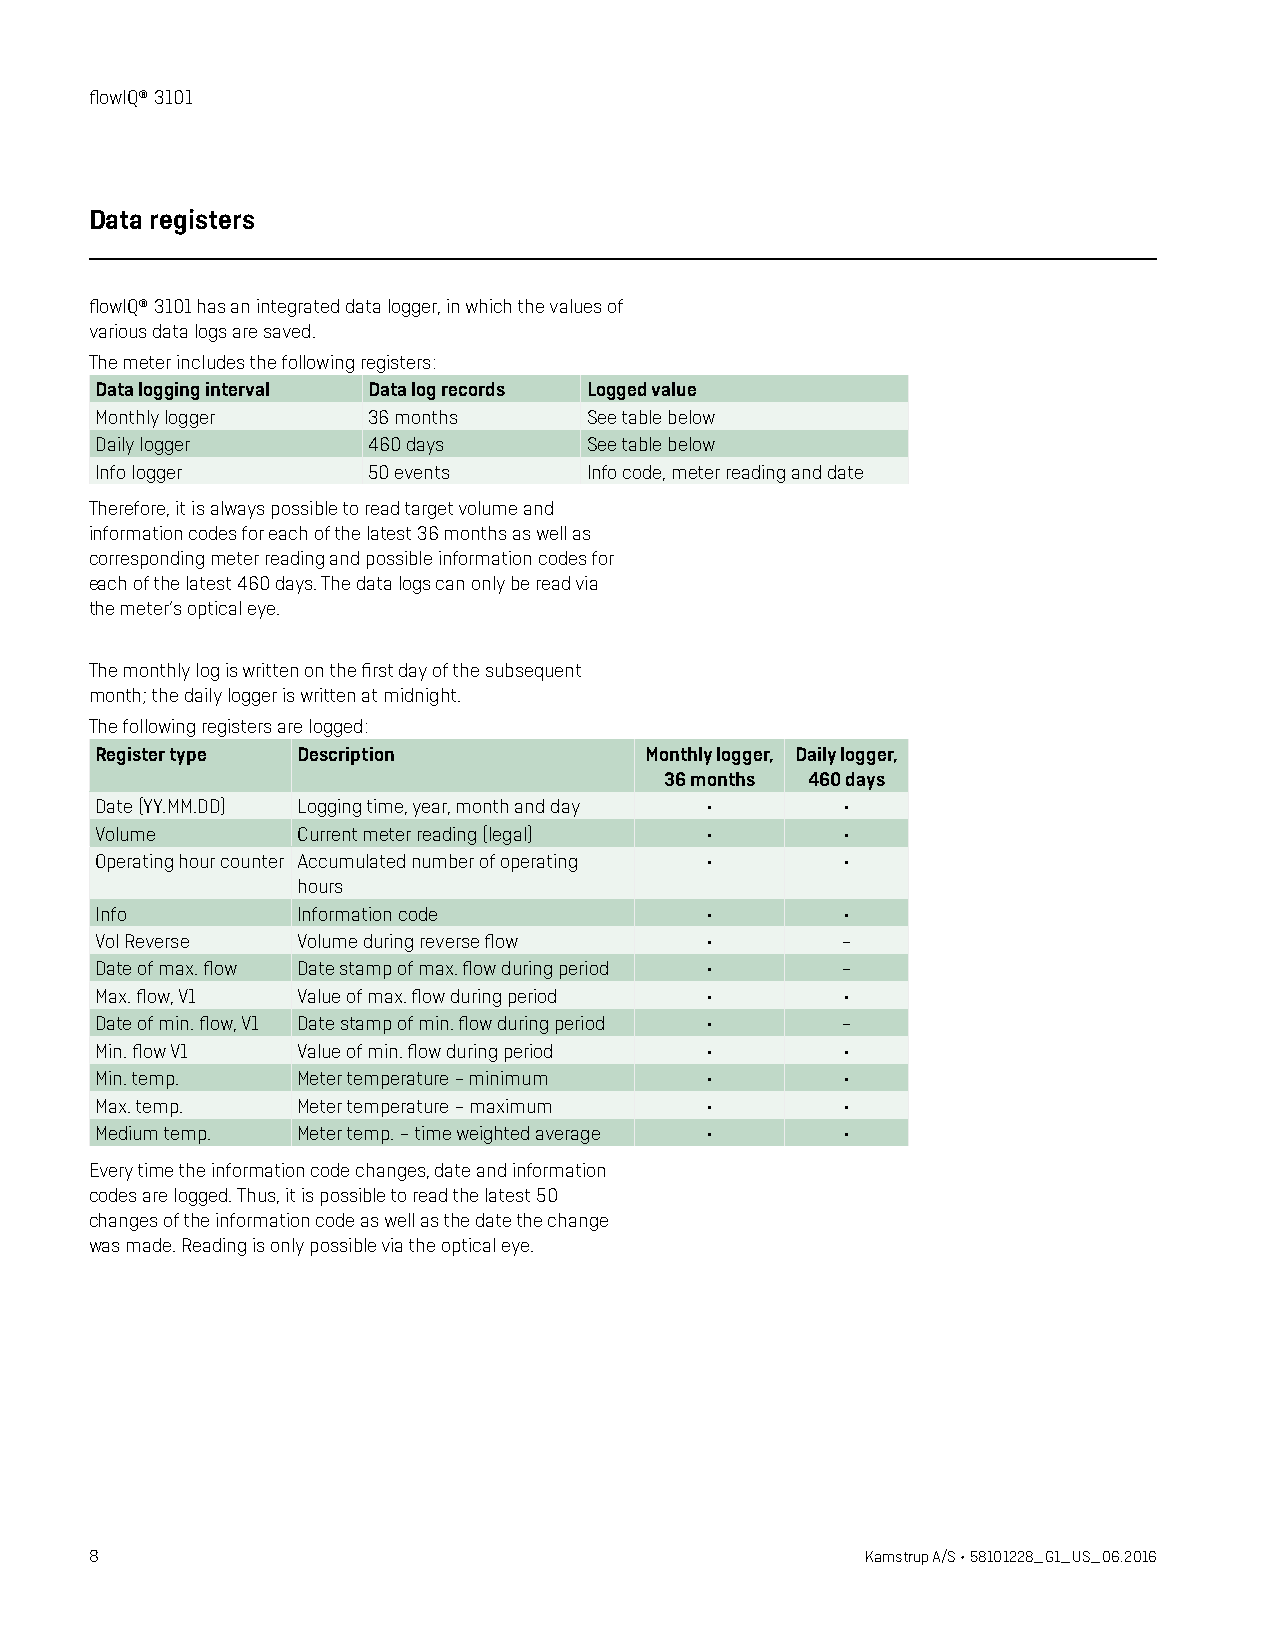
flowIQ® 3101
 Data registers
 flowIQ® 3101 has an integrated data logger, in which the values of
 various data logs are saved.
 The meter includes the following registers:
 Data logging interval Data log records Logged value
 Monthly logger    36 months      See table below
 Daily logger      460 days       See table below
 Info logger       50 events      Info code, meter reading and date
 Therefore, it is always possible to read target volume and
 information codes for each of the latest 36 months as well as
 corresponding meter reading and possible information codes for
 each of the latest 460 days. The data logs can only be read via
 the meter’s optical eye.
 The monthly log is written on the first day of the subsequent
 month; the daily logger is written at midnight.
 The following registers are logged:
 Register type Description            Monthly logger, Daily logger,
 36 months 460 days
 Date (YY.MM.DD) Logging time, year, month and day • •
 Volume        Current meter reading (legal) •     •
 Operating hour counter Accumulated number of operating • •
 hours
 Info          Information code           •        •
 Vol Reverse   Volume during reverse flow •        –
 Date of max. flow Date stamp of max. flow during period • –
 Max. flow, V1 Value of max. flow during period •  •
 Date of min. flow, V1 Date stamp of min. flow during period • –
 Min. flow V1  Value of min. flow during period •  •
 Min. temp.    Meter temperature – minimum •       •
 Max. temp.    Meter temperature – maximum •       •
 Medium temp.  Meter temp. – time weighted average • •
 Every time the information code changes, date and information
 codes are logged. Thus, it is possible to read the latest 50
 changes of the information code as well as the date the change
 was made. Reading is only possible via the optical eye.
 8                                                  Kamstrup A/S • 58101228_G1_US_06.2016